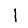
Digit: 1